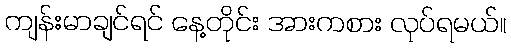
ကျန်းမာချင်ရင် နေ့တိုင်း အားကစား လုပ်ရမယ်။